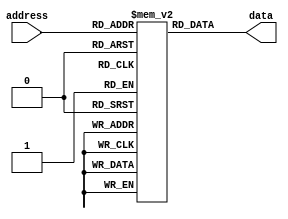
module otp_rom (
    input [9:0] address,
    output reg [7:0] data
);

reg [7:0] rom_data [0:1023];

initial begin
    // Initialize OTP ROM with fixed data values
    rom_data[0] = 8'hAB;
    rom_data[1] = 8'hCD;
    // Add more initialization values for each memory location as needed
    
end

always @* begin
    // Read data from OTP ROM based on the address input
    data = rom_data[address];
end

endmodule